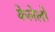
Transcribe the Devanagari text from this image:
केलेलो